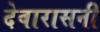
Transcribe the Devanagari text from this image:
देवारासनी